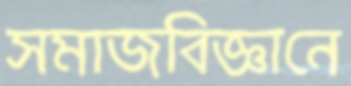
সমাজবিজ্ঞানে